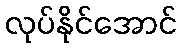
လုပ်နိုင်အောင်